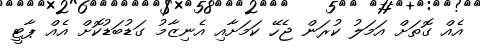
އެއް ގޮތަށް އަމަލު ކުރަން ޖެހޭ ކަމަށާއި އެނިޒާމު ގަޑުބަޑުކޮށް އެއް ޕާޓީ